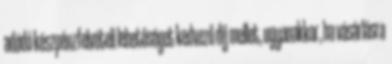
adódó készpénzfelvételi lehetőséget kedvező díj mellet, ugyanakkor, ha vásárlásra